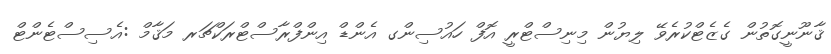
ޤާނޫނީގޮތުން ގެޒެޓްކުރެވޭ ލިޔުން މިނިސްޓްރީ އޮފް ހައުސިންގ އެންޑް އިންފްރާސްޓްރަކްޗަރ މަޤާމް :އެސިސްޓެންޓް